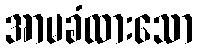
အာမခံထားသော